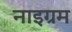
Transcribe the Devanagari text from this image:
नाइग्रम